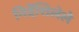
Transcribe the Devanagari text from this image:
निर्देशिलेले